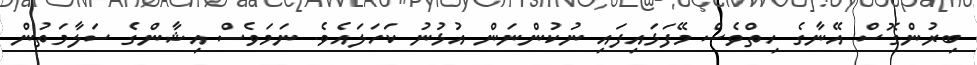
ބިރުންގޮސް އޭނާގެ ހިތްވެސް މޭފަޅައިފައި ނުކުންނަން އުޅުނު ކަހަލައެވެ. ނަމަވެސް އިޝާންގެ ސަލާމަތުން